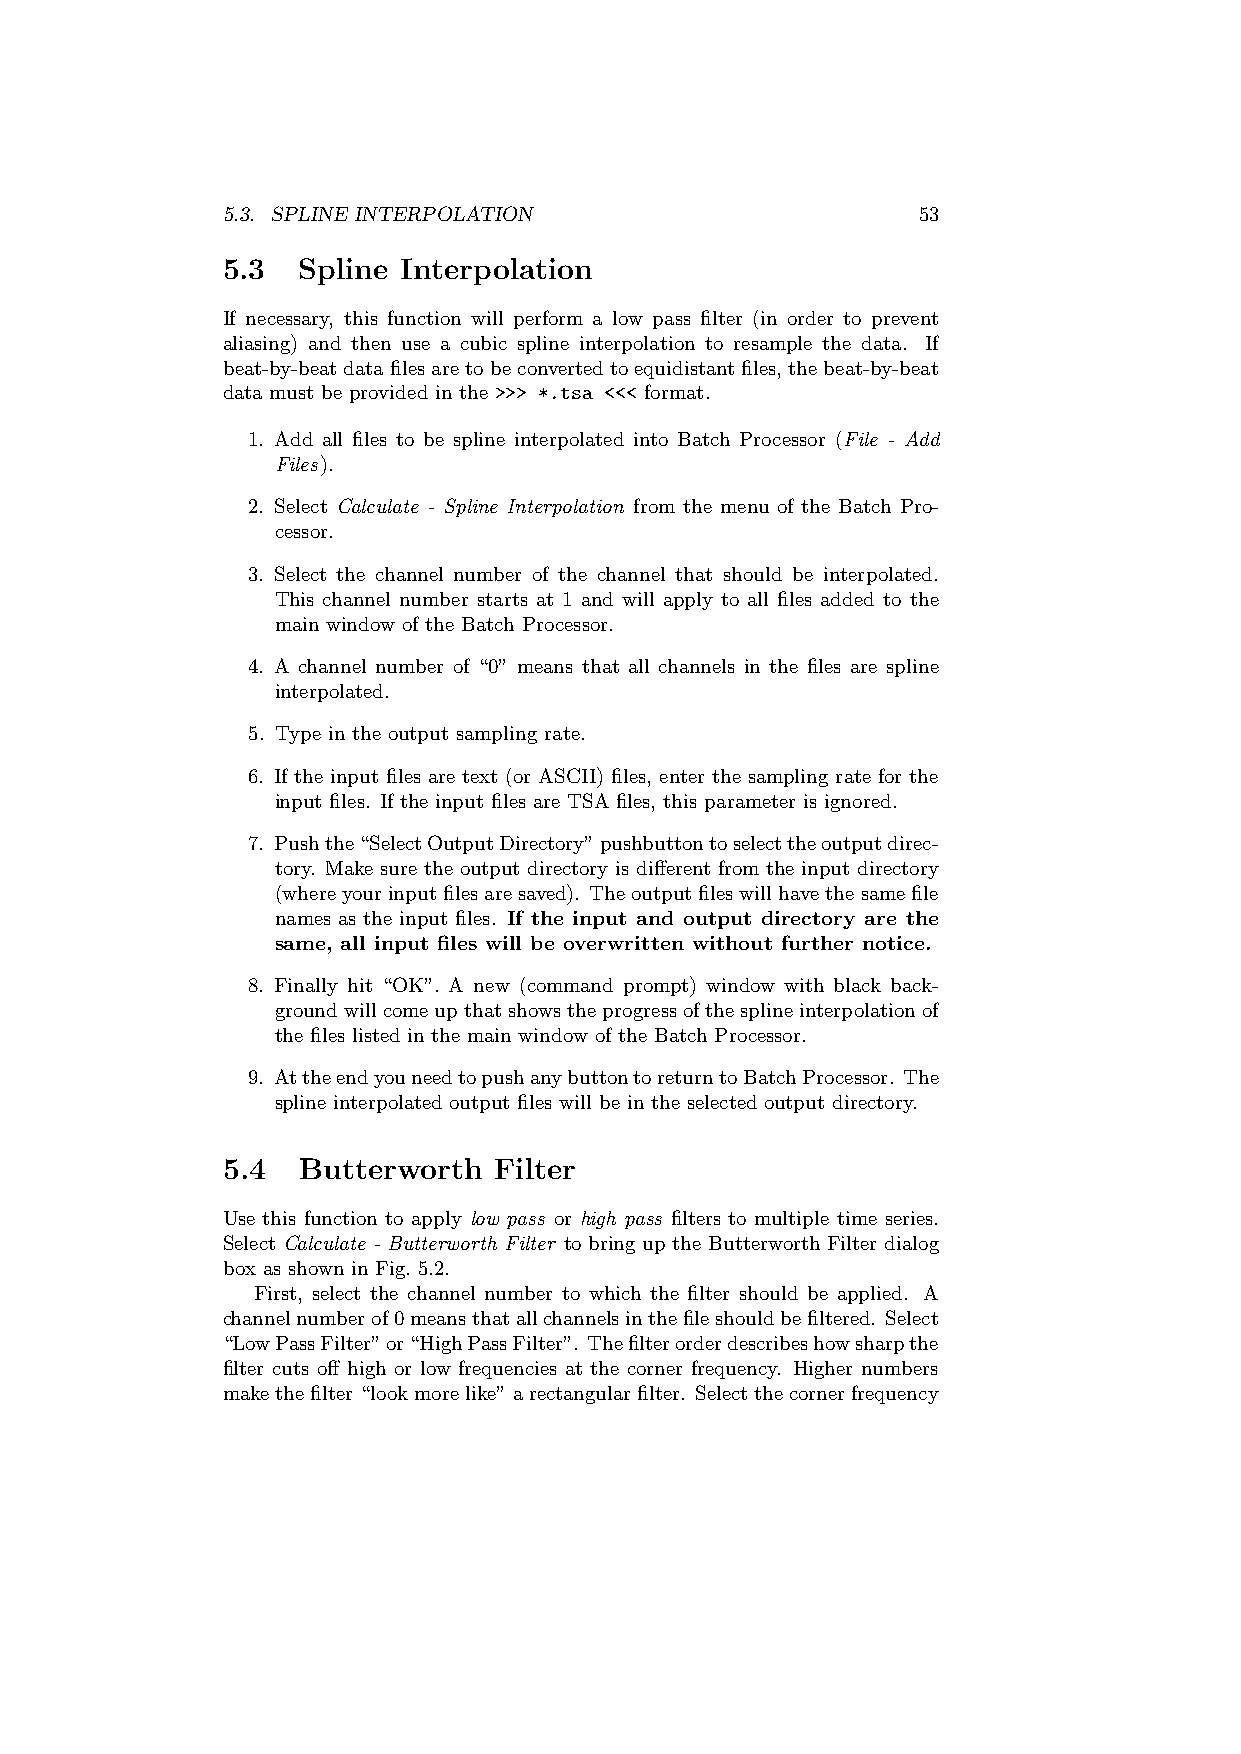
5.3. SPLINE INTERPOLATION                     53
 5.3  Spline Interpolation
 If necessary, this function will perform a low pass filter (in order to prevent
 aliasing) and then use a cubic spline interpolation to resample the data. If
 beat-by-beatdatafilesaretobeconvertedtoequidistantfiles, thebeat-by-beat
 data must be provided in the >>> *.tsa <<< format.
 1. Add all files to be spline interpolated into Batch Processor (File - Add
 Files).
 2. Select Calculate - Spline Interpolation from the menu of the Batch Pro-
 cessor.
 3. Select the channel number of the channel that should be interpolated.
 This channel number starts at 1 and will apply to all files added to the
 main window of the Batch Processor.
 4. A channel number of “0” means that all channels in the files are spline
 interpolated.
 5. Type in the output sampling rate.
 6. If the input files are text (or ASCII) files, enter the sampling rate for the
 input files. If the input files are TSA files, this parameter is ignored.
 7. Pushthe“SelectOutputDirectory”pushbuttontoselecttheoutputdirec-
 tory. Make sure the output directory is different from the input directory
 (whereyourinputfilesaresaved). Theoutputfileswillhavethesamefile
 names as the input files. If the input and output directory are the
 same, all input files will be overwritten without further notice.
 8. Finally hit “OK”. A new (command prompt) window with black back-
 groundwillcomeupthatshowstheprogressofthesplineinterpolationof
 the files listed in the main window of the Batch Processor.
 9. AttheendyouneedtopushanybuttontoreturntoBatchProcessor. The
 spline interpolated output files will be in the selected output directory.
 5.4  Butterworth  Filter
 Use this function to apply low pass or high pass filters to multiple time series.
 Select Calculate - Butterworth Filter to bring up the Butterworth Filter dialog
 box as shown in Fig. 5.2.
 First, select the channel number to which the filter should be applied. A
 channelnumberof0meansthatallchannelsinthefileshouldbefiltered. Select
 “LowPassFilter”or“HighPassFilter”. Thefilterorderdescribeshowsharpthe
 filter cuts off high or low frequencies at the corner frequency. Higher numbers
 makethefilter“lookmorelike”arectangularfilter. Selectthecornerfrequency